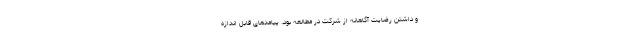
و داشتن رضایت آگاهانه از شرکت در مطالعه بود. پیامدهای قابل اندازه